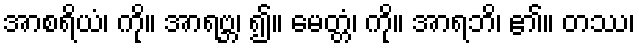
အာစရိယံ၊ ကို။ အာရဗ္ဘ၊ ၍။ မေတ္တံ၊ ကို။ အာရဘိ၊ ၏။ တဿ၊